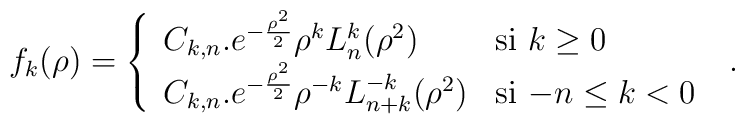
f_{k}(\rho)=\left\{\begin{array}{ll}    C_{k,n}.e^{-\frac{\rho^{2}}{2}}\rho^{k}L_{n}^{k}(\rho^{2})    & \textrm{si $k \geq 0$}\\    C_{k,n}.e^{-\frac{\rho^{2}}{2}}\rho^{-k}L_{n+k}^{-k}(\rho^{2})    &\textrm{si $-n \leq k <0$}\  \end{array}\right. .